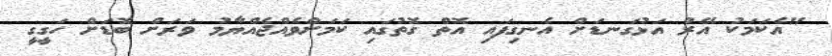
"އެކަމަކު އޭރު އަޅުގަނޑަށް އެނގިފައި އޮތް ގޮތުގައި ކަމަށްވެއްޖެއްޔާމު ވަރަށް ބޮޑަށް ހަގީގީ